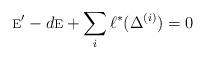
LaTeX: \begin{align*} \textsc{e}'- d\textsc{e}+\sum_{i} \ell^*(\Delta^{(i)})=0\end{align*}